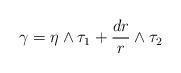
LaTeX: \begin{align*}\gamma = \eta\wedge\tau_1 + \frac{dr}{r}\wedge\tau_2\end{align*}